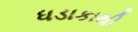
ધડાકાથી